Cultivation of the bacillus of leprosy and the treatment of cases by means of a vaccine prepared from the cultivations - Number 42
Disease focus: Leprosy
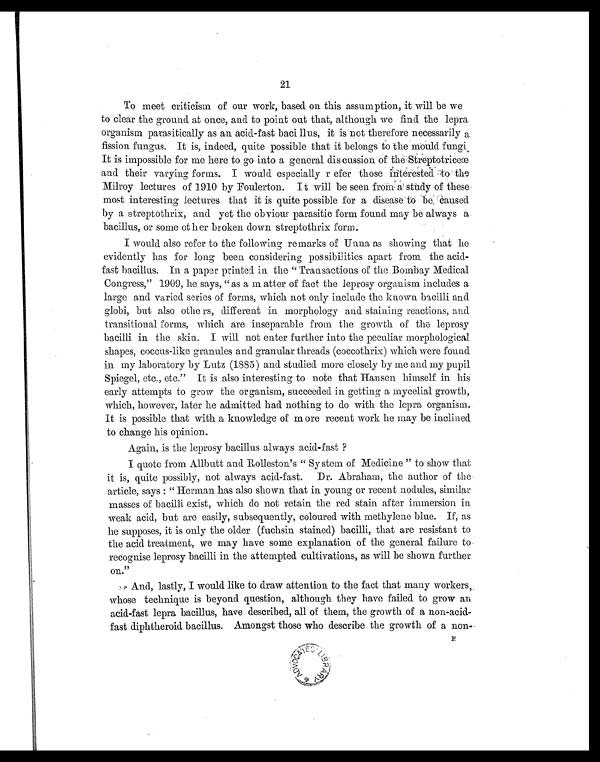
21
To meet criticism of our work, based on this assumption, it will be we
to clear the ground at once, and to point out that, although we find the lepra
organism parasitically as an acid-fast bacillus, it is not therefore necessarily a
fission fungus. It is, indeed, quite possible that it belongs to the mould fungi.
It is impossible for me here to go into a general discussion of the Streptotriceæ
and their varying forms. I would especially refer those intorested to the
Milroy lectures of 1910 by Foulerton. It will be seen from a study of these
most interesting lectures that it is quite possible for a disease to be caused
by a streptothrix, and yet the obvious parasitic form found may be always a
bacillus, or some of her broken down streptothrix form.
I would also refer to the following remarks of Unna as showing that he
evidently has for long been considering possibilities apart from the acid-
fast bacillus. In a paper printed in the "Transactions of the Bombay Medical
Congress," 1909, he says, "as a matter of fact the leprosy organism includes a
large and varied series of forms, which not only include the known bacilli and
globi, but also others, different in morphology and staining reactions, and
transitional forms, which are inseparable from the growth of the leprosy
bacilli in the skin. I will not enter further into the peculiar morphological
shapes, coccus-like granules and granular threads (coccothrix) which were found
in my laboratory by Lutz (1885) and studied more closely by me and my pupil
Spiegel, etc., etc." It is also interesting to note that Hansen himself in his
early attempts to grow the organism, succeeded in getting a mycelial growth,
which, however, later he admitted had nothing to do with the lepra organism.
It is possible that with a knowledge of more recent work lie may be inclined
to change his opinion.
Again, is the leprosy bacillus always acid-fast?
I quote from Allbutt and Rolleston's "System of Medicine" to show that
it is, quite possibly, not always acid-fast. Dr. Abraham, the author of the
article, says: "Herman has also shown that in young or recent nodules, similar
masses of bacilli exist, which do not retain the red stain after immersion in
weak acid, but are easily, subsequently, coloured with methylene blue. If, as
h e s u p p o s e s , i t i s o n l y t h e o l d e r ( f u c h s i n s t a i n e d ) b a c i l l i , t h a t a r e r e s i s t a n t t o
the acid treatment, we may have some explanation of the general failure to
recognise leprosy bacilli in the attempted cultivations, as will be shown further
on."
And, lastly, I would like to draw attention to the fact that many workers,
whose technique is beyond question, although they have failed to grow an
acid-fast lepra bacillus, have described, all of them, the growth of a non-acid-
fast diphtheroid bacillus. Amongst those who describe the growth of a non-